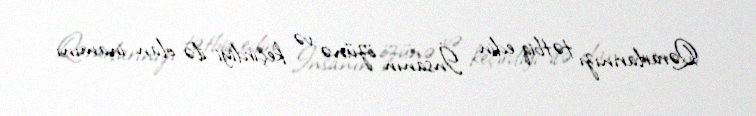
Qərarlarınızı tətbiq edin İnsanın özünə və keçirdiyi ilə olan inamını